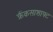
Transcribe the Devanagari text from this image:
क्रैंकसाशाफ्ट